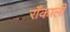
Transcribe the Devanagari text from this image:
रॉँकाली